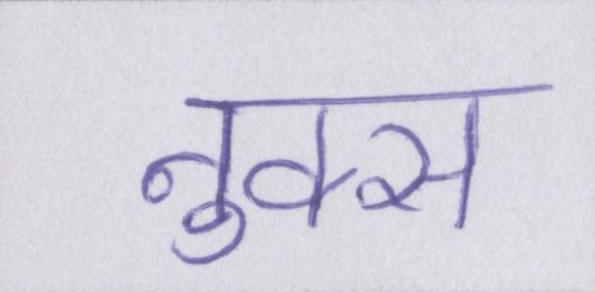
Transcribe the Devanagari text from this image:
नुक्स